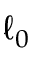
\ell _ { 0 }